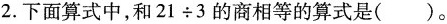
2.下面算式中，和$$2 1 \div 3$$的商相等的算式是()。